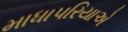
માધાપરિયાએ